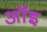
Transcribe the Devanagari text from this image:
ऑइ